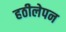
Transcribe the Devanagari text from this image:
हठीलेपन